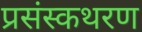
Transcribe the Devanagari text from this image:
प्रसंस्कथरण